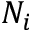
N _ { i }